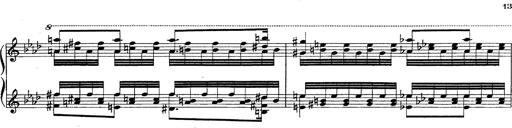
Title: Fantasie Ã¼ber Themen aus Mozarts Figaro und Don Giovanni
Composer: Franz Liszt